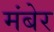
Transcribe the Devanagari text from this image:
मंबेर